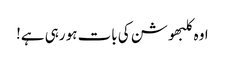
اوہ کلبھوشن کی بات ہو رہی ہے!